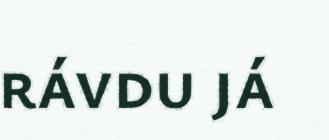
rávdu já